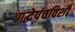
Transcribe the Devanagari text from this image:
गद्धेपंचविशी